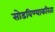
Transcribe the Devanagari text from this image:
सोडविण्‍याकरिता